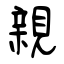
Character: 親